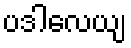
ပဒါလေယျ